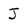
Character: J